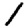
Digit: 1